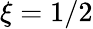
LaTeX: \xi=1/2